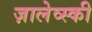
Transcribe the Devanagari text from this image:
ज़ालेव्स्की